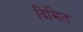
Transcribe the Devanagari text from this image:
दिमित